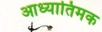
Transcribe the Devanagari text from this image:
आध्यातिमक